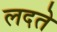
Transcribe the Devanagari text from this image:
लदते